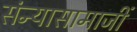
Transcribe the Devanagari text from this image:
संन्यासामाजीं